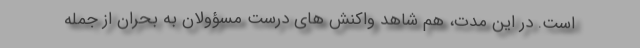
است. در این مدت، هم شاهد واکنش های درست مسؤولان به بحران از جمله